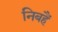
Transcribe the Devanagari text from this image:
निबहैं